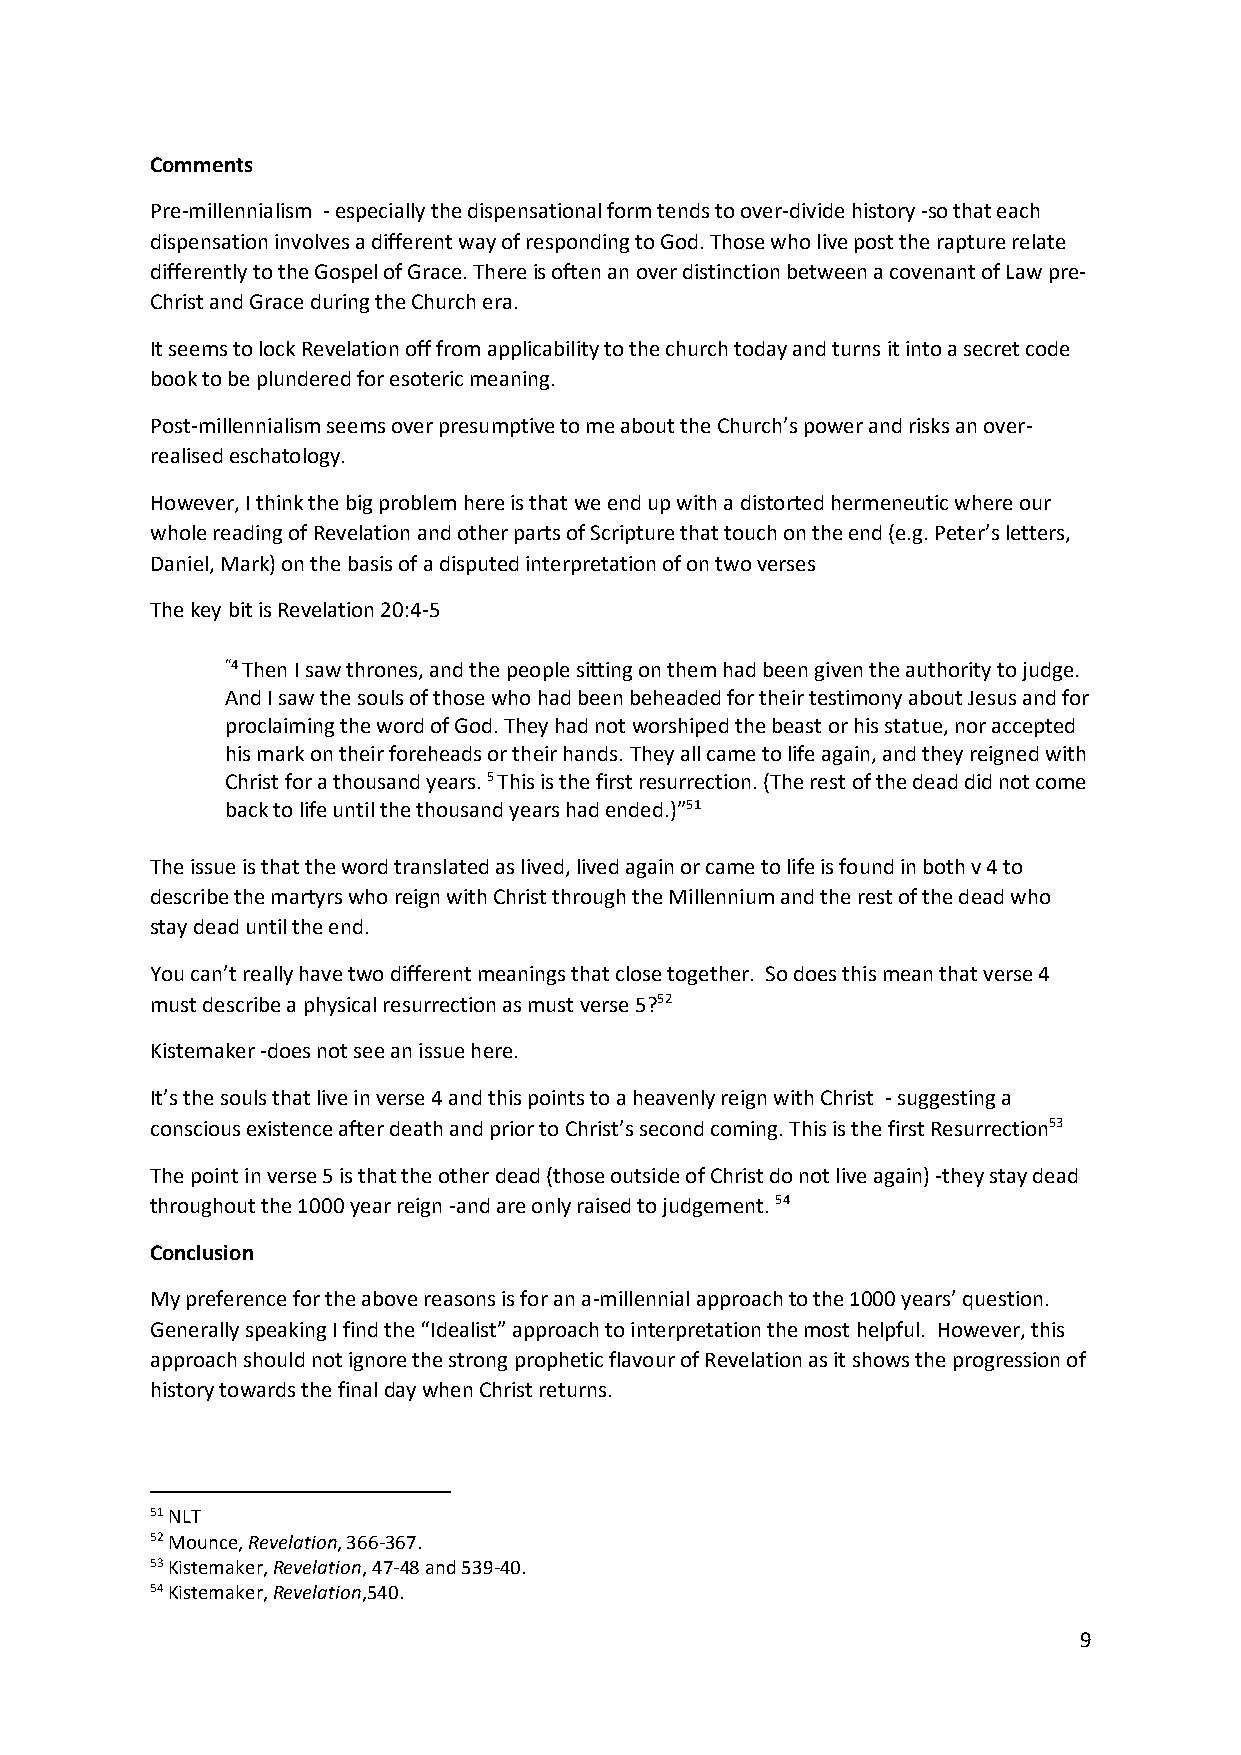
Comments
 Pre-millennialism - especially the dispensational form tends to over-divide history -so that each
 dispensation involves a different way of responding to God. Those who live post the rapture relate
 differently to the Gospel of Grace. There is often an over distinction between a covenant of Law pre-
 Christ and Grace during the Church era.
 It seems to lock Revelation off from applicability to the church today and turns it into a secret code
 book to be plundered for esoteric meaning.
 Post-millennialism seems over presumptive to me about the Church’s power and risks an over-
 realised eschatology.
 However, I think the big problem here is that we end up with a distorted hermeneutic where our
 whole reading of Revelation and other parts of Scripture that touch on the end (e.g. Peter’s letters,
 Daniel, Mark) on the basis of a disputed interpretation of on two verses
 The key bit is Revelation 20:4-5
 “4 Then I saw thrones, and the people sitting on them had been given the authority to judge.
 And I saw the souls of those who had been beheaded for their testimony about Jesus and for
 proclaiming the word of God. They had not worshiped the beast or his statue, nor accepted
 his mark on their foreheads or their hands. They all came to life again, and they reigned with
 Christ for a thousand years. 5 This is the first resurrection. (The rest of the dead did not come
 back to life until the thousand years had ended.)”51
 The issue is that the word translated as lived, lived again or came to life is found in both v 4 to
 describe the martyrs who reign with Christ through the Millennium and the rest of the dead who
 stay dead until the end.
 You can’t really have two different meanings that close together. So does this mean that verse 4
 must describe a physical resurrection as must verse 5?52
 Kistemaker -does not see an issue here.
 It’s the souls that live in verse 4 and this points to a heavenly reign with Christ - suggesting a
 conscious existence after death and prior to Christ’s second coming. This is the first Resurrection53
 The point in verse 5 is that the other dead (those outside of Christ do not live again) -they stay dead
 throughout the 1000 year reign -and are only raised to judgement. 54
 Conclusion
 My preference for the above reasons is for an a-millennial approach to the 1000 years’ question.
 Generally speaking I find the “Idealist” approach to interpretation the most helpful. However, this
 approach should not ignore the strong prophetic flavour of Revelation as it shows the progression of
 history towards the final day when Christ returns.
 51 NLT
 52 Mounce, Revelation, 366-367.
 53 Kistemaker, Revelation, 47-48 and 539-40.
 54 Kistemaker, Revelation,540.
 9